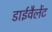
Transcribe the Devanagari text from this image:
डाईवैलेंट